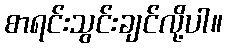
စာရင်းသွင်းချင်လို့ပါ။